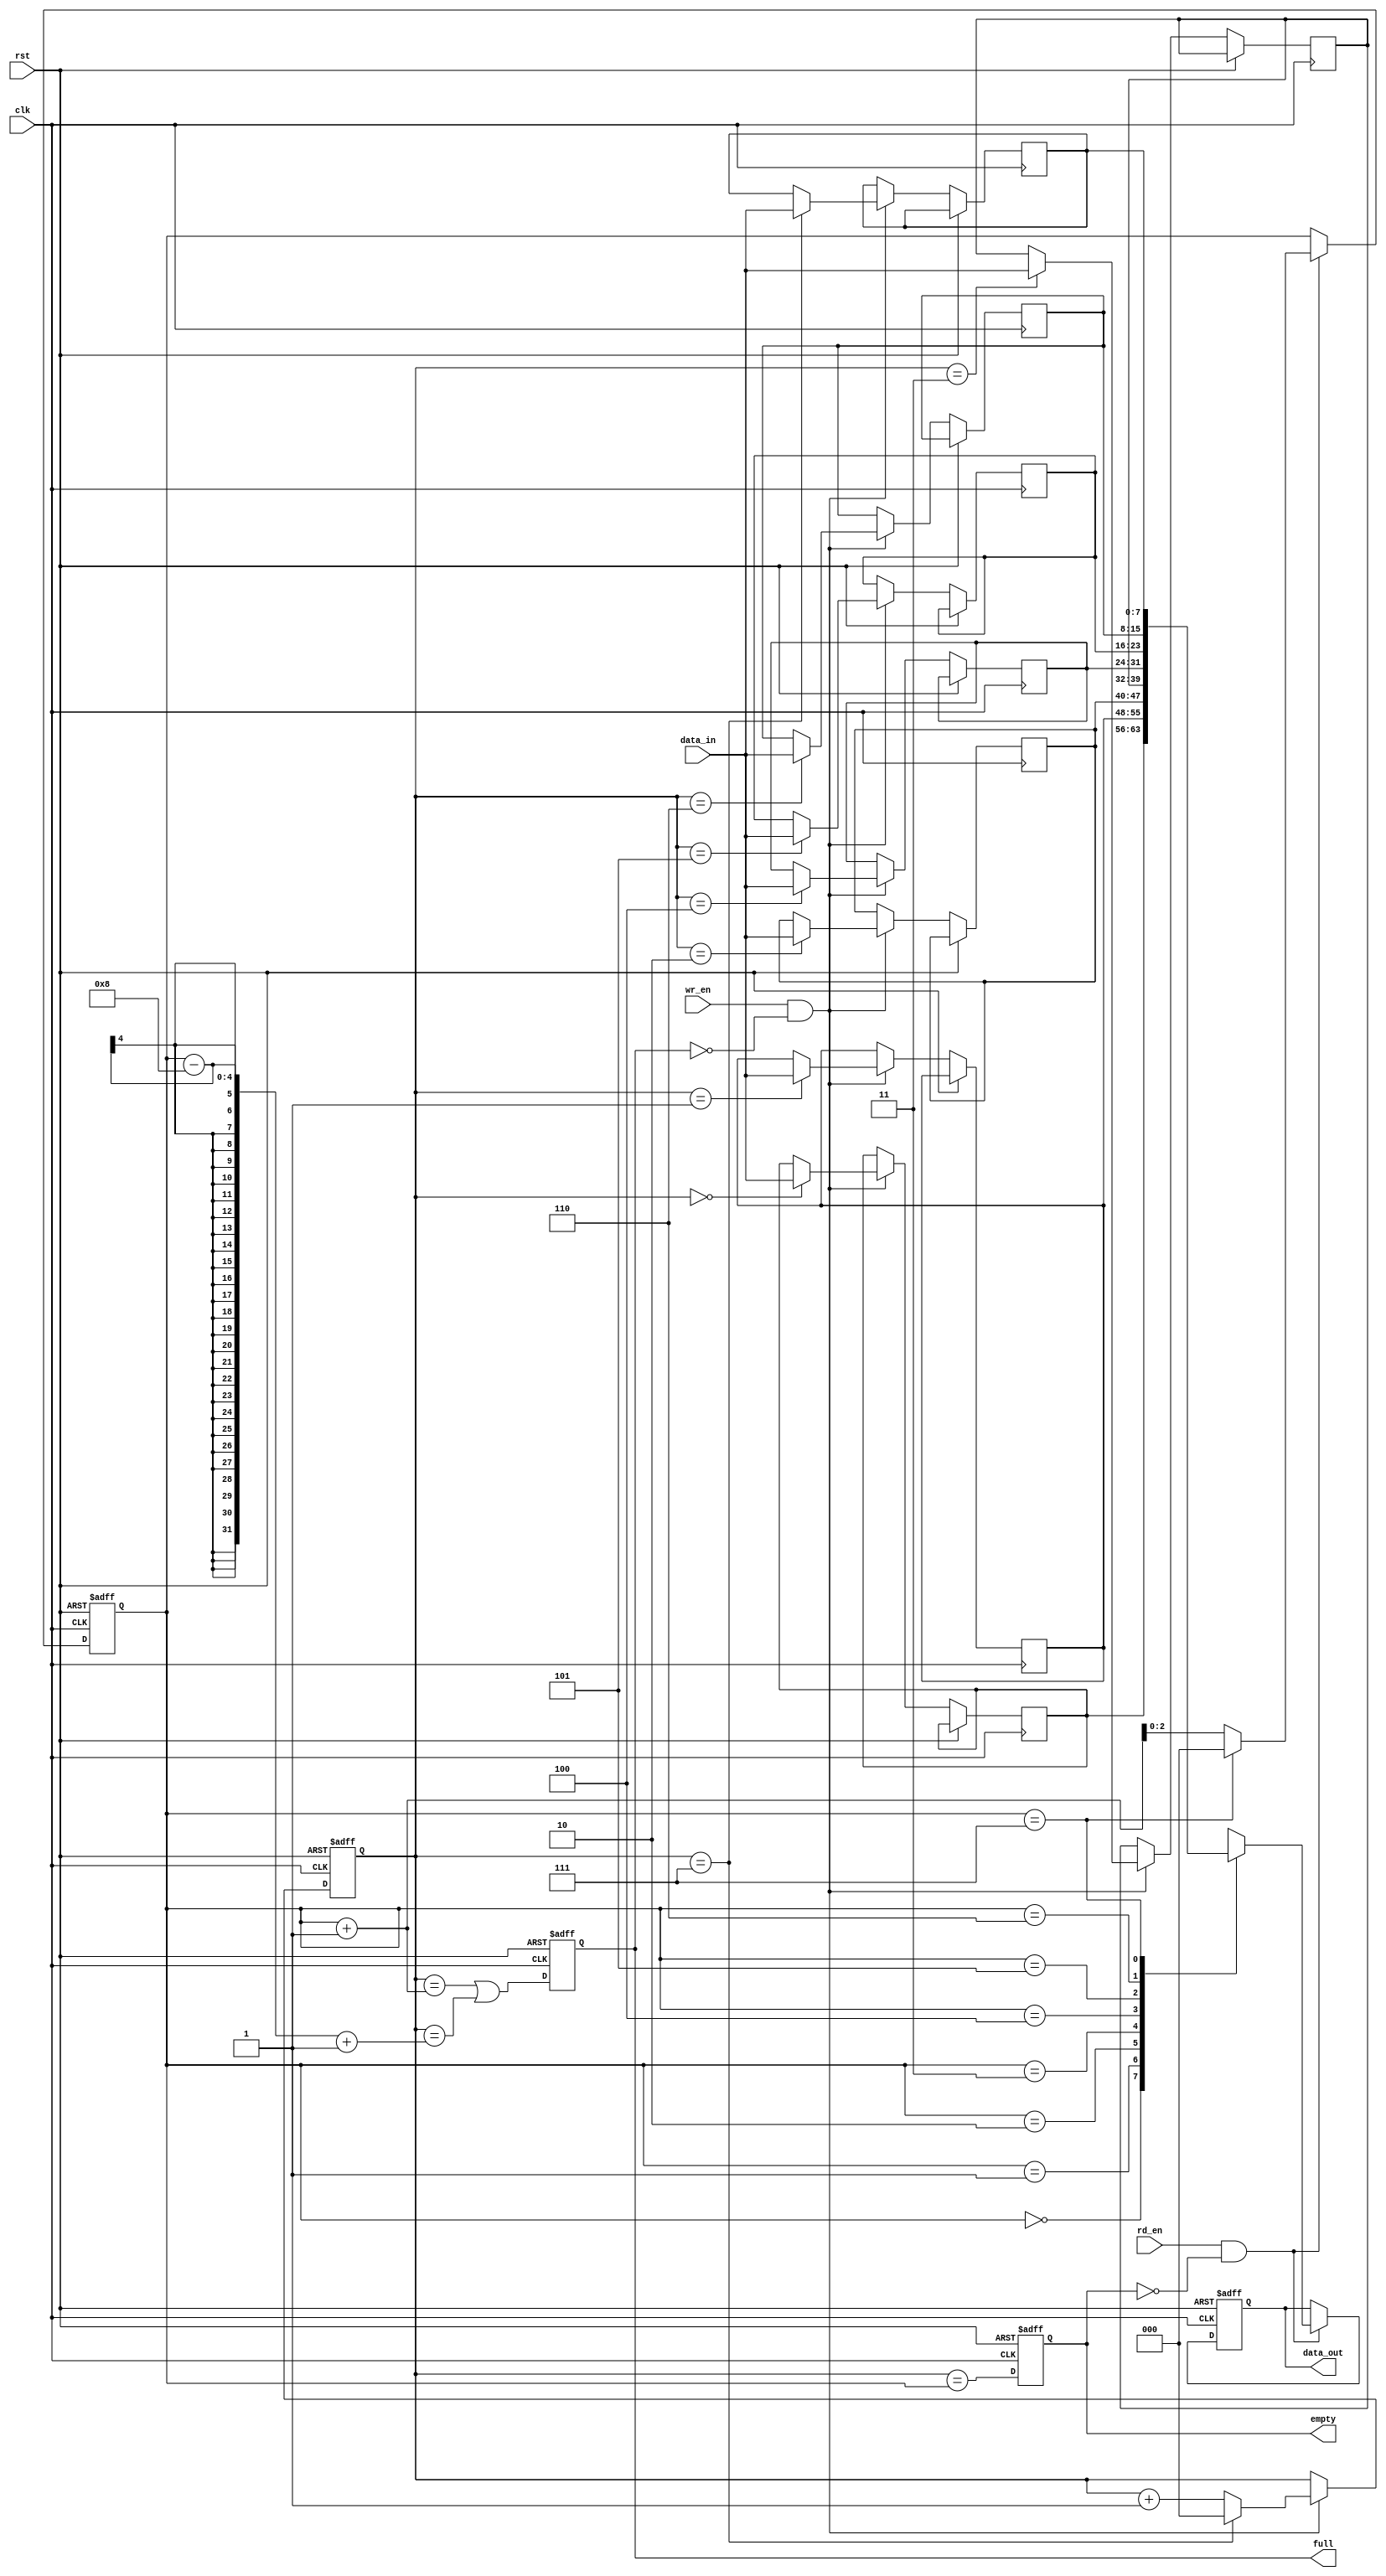
module synchronous_fifo (
  input wire clk,
  input wire rst,
  input wire wr_en,
  input wire rd_en,
  input wire [7:0] data_in,
  output reg [7:0] data_out,
  output reg full,
  output reg empty
);

parameter DEPTH = 8;
reg [7:0] memory [0:DEPTH-1];
reg [2:0] wr_ptr = 0;
reg [2:0] rd_ptr = 0;

always @(posedge clk or posedge rst) begin
  if (rst) begin
    wr_ptr <= 0;
    rd_ptr <= 0;
    data_out <= 8'b0;
    full <= 1'b0;
    empty <= 1'b1;
  end else begin
    if (wr_en && !full) begin
      memory[wr_ptr] <= data_in;
      wr_ptr <= wr_ptr + 1;
      if (wr_ptr == DEPTH-1)
        wr_ptr <= 0;
    end
    if (rd_en && !empty) begin
      data_out <= memory[rd_ptr];
      rd_ptr <= rd_ptr + 1;
      if (rd_ptr == DEPTH-1)
        rd_ptr <= 0;
    end
    full <= (wr_ptr == rd_ptr + 1 || wr_ptr == rd_ptr - DEPTH + 1);
    empty <= (wr_ptr == rd_ptr);
  end
end

endmodule